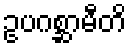
ဥပဂစ္ဆာမီတိ